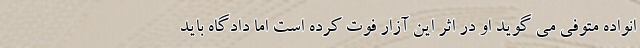
انواده متوفی می گوید او در اثر این آزار فوت کرده است اما دادگاه باید